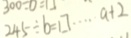
2 4 5 \div b = \square \cdots a + 2